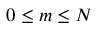
0 \leq m \leq N